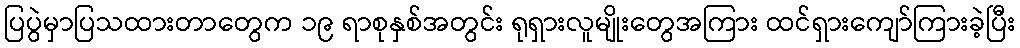
ပြပွဲမှာပြသထားတာတွေက ၁၉ ရာစုနှစ်အတွင်း ရုရှားလူမျိုးတွေအကြား ထင်ရှားကျော်ကြားခဲ့ပြီး